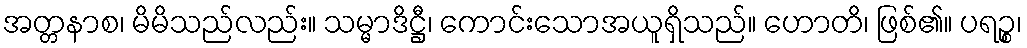
အတ္တနာစ၊ မိမိသည်လည်း။ သမ္မာဒိဋ္ဌီ၊ ကောင်းသောအယူရှိသည်။ ဟောတိ၊ ဖြစ်၏။ ပရဉ္စ၊